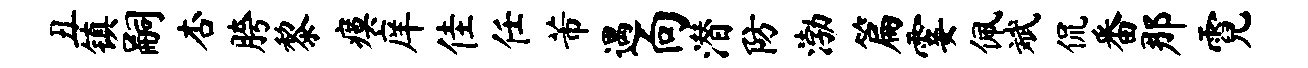
丑镇嗣杏胯黎瘼庠佳任芾遇向潜防渤篇霎佩斌侃番那霓